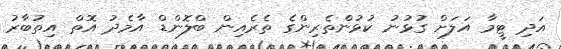
އަދި ޓީމާ އަލަށް ގުޅުނު ކުޅުންތެރިންގެ ތެރެއިން ބްލޮންޑް އާމެދު އޮތް އިތުބާރު